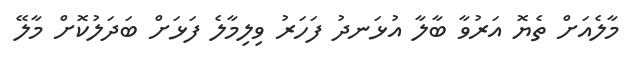
މާލެއަށް ތެޔޮ އަރުވާ ބާލާ އުޅަނދު ފަހަރު ވިލިމާލެ ފަޅަށް ބަދަލުކޮށް މާލޭ